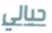
حيالي